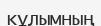
кұлымның